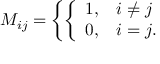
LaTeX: M _ { i j } = \left\{ \left\{ \begin{array} { l l } { { 1 , } } & { { i \neq j } } \\ { { 0 , } } & { { i = j . } } \end{array} \right. \right.